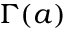
\Gamma ( a )